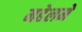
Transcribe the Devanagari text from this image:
महेलमे